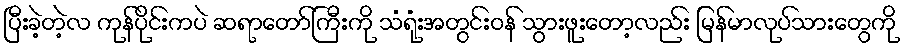
ပြီးခဲ့တဲ့လ ကုန်ပိုင်းကပဲ ဆရာတော်ကြီးကို သံရုံးအတွင်းဝန် သွားဖူးတော့လည်း မြန်မာလုပ်သားတွေကို